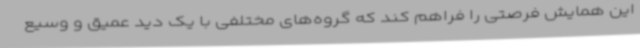
این همایش فرصتی را فراهم کند که گروه‌های مختلفی با یک دید عمیق و وسیع